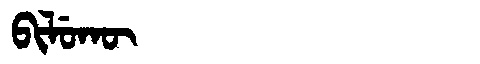
Manchu: ᠪᡳᠯᡠᡴᡡ
Romanization: BILUKŪ